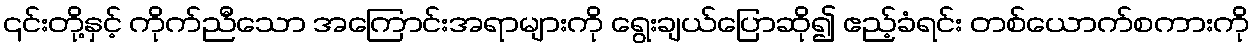
၎င်းတို့နှင့် ကိုက်ညီသော အကြောင်းအရာများကို ရွေးချယ်ပြောဆို၍ ဧည့်ခံရင်း တစ်ယောက်စကားကို